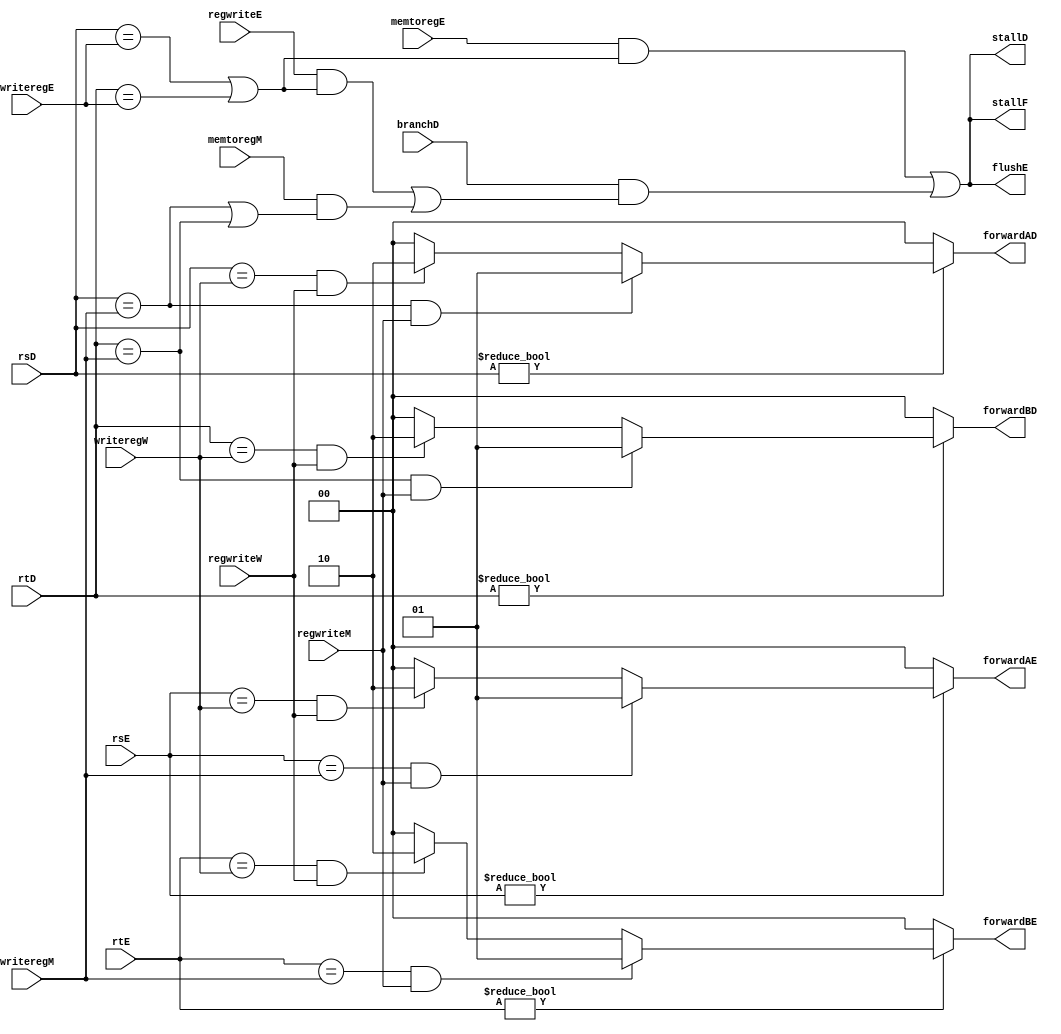
`timescale 1ns / 1ps
//////////////////////////////////////////////////////////////////////////////////
// Company: 
// Engineer: 
// 
// Design Name: 
// Module Name: hazard
// Project Name: 
// Target Devices: 
// Tool Versions: 
// Description: 
// 
// Dependencies: 
// 
// Revision:
// Revision 0.01 - File Created
// Additional Comments:
// 
//////////////////////////////////////////////////////////////////////////////////
module hazard(
input [4:0]rsD,rtD,rsE,rtE,
input [4:0]writeregE,writeregM,writeregW,
input memtoregE,memtoregM,
input regwriteE,regwriteM,regwriteW,
input branchD,
output stallF,stallD,flushE,
output reg [1:0]forwardAD,forwardBD,
output reg [1:0]forwardAE,forwardBE
);
 
/////////////// forwarding logic //////////////
 always@(*)
 begin
    forwardAE=2'b00;
    forwardBE=2'b00;
    if(rsE!=0)
    begin
        if(rsE==writeregM & regwriteM)forwardAE=2'b01;
        else if(rsE==writeregW & regwriteW)forwardAE=2'b10;
     end
     if(rtE!=0)
    begin
        if(rtE==writeregM & regwriteM)forwardBE=2'b01;
        else if(rtE==writeregW & regwriteW)forwardBE=2'b10;
     end
 end
 
 always@(*)
 begin
    forwardAD=2'b00;
    forwardBD=2'b00;
    if(rsD!=0)
    begin
        if(rsD==writeregM & regwriteM)forwardAD=2'b01;
        else if(rsD==writeregW & regwriteW)forwardAD=2'b10;
     end
     if(rtD!=0)
    begin
        if(rtD==writeregM & regwriteM)forwardBD=2'b01;
        else if(rtD==writeregW & regwriteW)forwardBD=2'b10;
     end
 end
    
////////////////////// stalling logic //////////////////////// 
wire lwstallD,branchstallD;
assign lwstallD=(memtoregE & (rsD==writeregE| rtD==writeregE));
assign branchstallD= branchD & (regwriteE & (rsD==writeregE | rtD==writeregE) | memtoregM &(rsD==writeregM|rtD==writeregM));
assign flushE=lwstallD | branchstallD;
assign stallD=flushE;
assign stallF=stallD;
endmodule